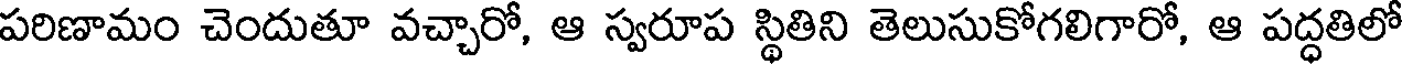
పరిణామం చెందుతూ వచ్చారో, ఆ స్వరూప స్థితిని తెలుసుకోగలిగారో, ఆ పద్ధతిలో